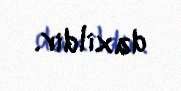
daxildir.